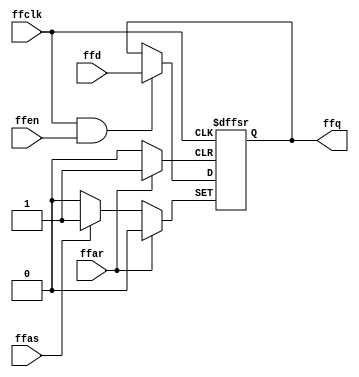
module storage_flipflop(
  input ffd, ffclk, ffen, ffas, ffar,
  output reg ffq
);

  always @ (posedge ffclk or posedge ffar or posedge ffas) begin
    if (ffar == 1)
      ffq <= 0;

    else if (ffas == 1)
      ffq <= 1;

    else if (ffclk == 1 && ffen == 1)
      ffq <= ffd;

  end
endmodule